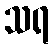
သရ